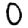
Digit: 0